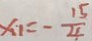
x _ { 1 } = - \frac { 1 5 } { 4 }